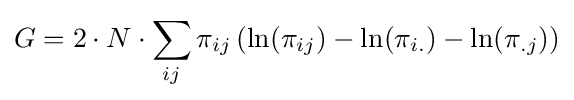
G=2\cdot N\cdot \sum _{ij}{\pi _{ij}\left(\ln(\pi _{ij})-\ln(\pi _{i.})-\ln(\pi _{.j})\right)}